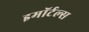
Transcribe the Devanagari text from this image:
इमॉर्टल्स